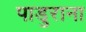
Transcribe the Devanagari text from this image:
पाडुराना